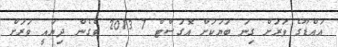
އައްޑޫގެ ވަރަށް ގިނަ ބަޔަކަށް އޮގަސްޓް 7 2013 ވެގެން ދިޔައީ ވަރަށް